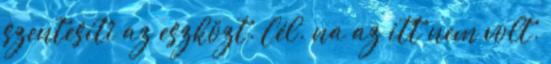
szentesíti az eszközt. Cél. na az itt nem volt.